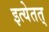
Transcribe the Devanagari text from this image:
इत्येतत्